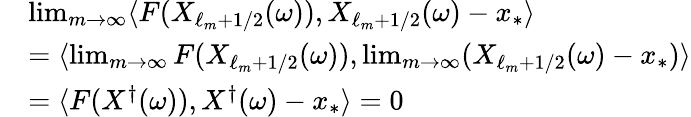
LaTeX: \begin{array}{rl}&{\operatorname*{lim}_{m\to\infty}\langle F(X_{\ell_{m}+1/2}(\omega)),X_{\ell_{m}+1/2}(\omega)-x_{*}\rangle}\\ &{=\langle\operatorname*{lim}_{m\to\infty}F(X_{\ell_{m}+1/2}(\omega)),\operatorname*{lim}_{m\to\infty}(X_{\ell_{m}+1/2}(\omega)-x_{*})\rangle}\\ &{=\langle F(X^{\dagger}(\omega)),X^{\dagger}(\omega)-x_{*}\rangle=0}\end{array}